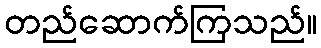
တည်ဆောက်ကြသည်။